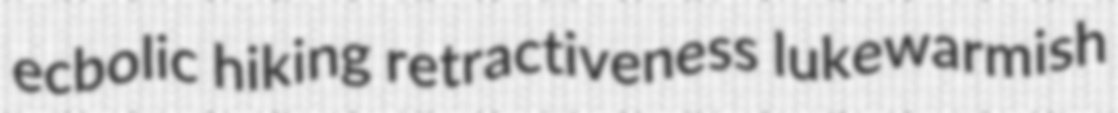
ecbolic hiking retractiveness lukewarmish